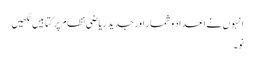
انہو ں نے اعداد وشمار اور جدید ریاضی نظام پر کتابیں لکھیں
نو۔